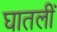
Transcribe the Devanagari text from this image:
घातलीं